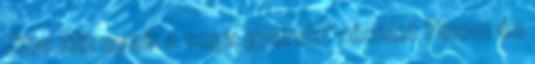
Zita: Mit eszik a vega gyerek? részlet Finom és